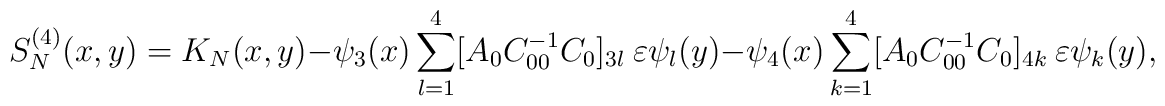
S^{(4)}_{N}(x,y)=K_{N}(x,y)-\psi_{3}(x)  \sum_{l=1}^{4}[A_{0}C_{00}^{-1}C_{0}]_{3l} \ \varepsilon \psi_{l}(y)-\psi_{4}(x)  \sum_{k=1}^{4}[A_{0}C_{00}^{-1}C_{0}]_{4k}\  \varepsilon \psi_{k}(y),